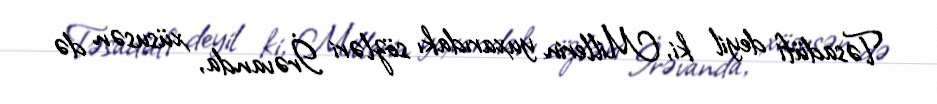
Təsadüfi deyil ki, Millerin yuxarıdakı sözləri İrəvanda, xüsusən də